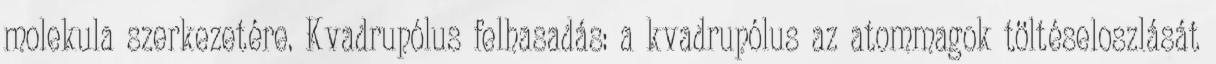
molekula szerkezetére. Kvadrupólus felhasadás: a kvadrupólus az atommagok töltéseloszlását